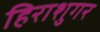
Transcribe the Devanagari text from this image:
हिराशुगर